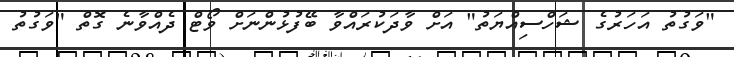
"ވަގުތު އަހަރުގެ ޝަހްސިއްޔަތު" އަށް ވާދަކުރައްވާ ބޭފުޅުންނަށް ވޯޓް ދެއްވާނެ ގޮތް "ވަގުތު